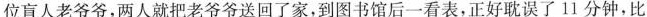
位盲人老爷爷，两人就把老爷爷送回了家，到图书馆后一看表，正好耽误了11分钟，比